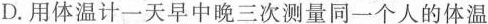
D.用体温计一天早中晚三次测量同一个人的体温